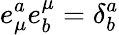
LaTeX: e_{\mu}^{a}e_{b}^{\mu}=\delta_{b}^{a}